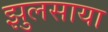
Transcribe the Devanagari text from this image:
झुलसाया